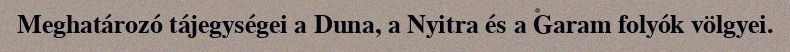
Meghatározó tájegységei a Duna, a Nyitra és a Garam folyók völgyei.